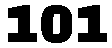
101